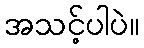
အသင့်ပါပဲ။